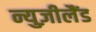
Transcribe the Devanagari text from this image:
न्युज़ीलैंड